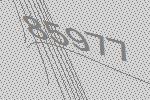
85977